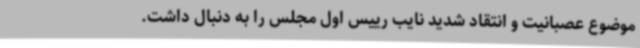
موضوع عصبانیت و انتقاد شدید نایب رییس اول مجلس را به دنبال داشت.